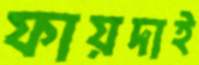
ফায়দাই